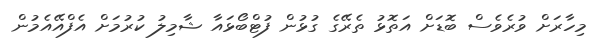
މިހާރަށް ވުރެވެސް ބޮޑަށް އަތޮޅު ތެރޭގެ ގުޅުން ފުޓްބޯޅައާ ޝާމިލު ކުރުމަށް އެފްއޭއެމުން